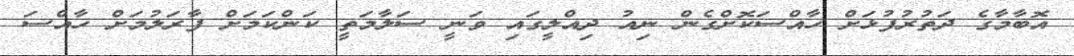
އޮބާމާގެ ދަތުރުފުޅަށް ހާއްސަކޮށްގެން ނިއު ދިއްލީގައި ވަނީ ސަލާމަތީ ކަންކަމަށް ފާރަލުމަށް ހާއްސަ